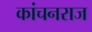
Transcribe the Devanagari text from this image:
कांचनराज